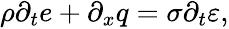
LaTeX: \begin{array}{r}{\rho\partial_{t}e+\partial_{x}q=\sigma\partial_{t}\varepsilon,}\end{array}